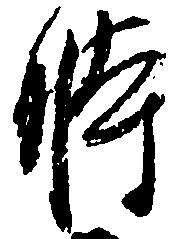
時